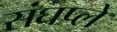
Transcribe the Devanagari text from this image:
संघप्ले